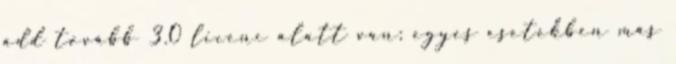
add tovább 3.0 licenc alatt van; egyes esetekben más